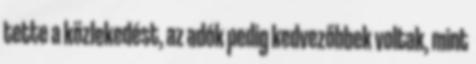
tette a közlekedést, az adók pedig kedvezőbbek voltak, mint